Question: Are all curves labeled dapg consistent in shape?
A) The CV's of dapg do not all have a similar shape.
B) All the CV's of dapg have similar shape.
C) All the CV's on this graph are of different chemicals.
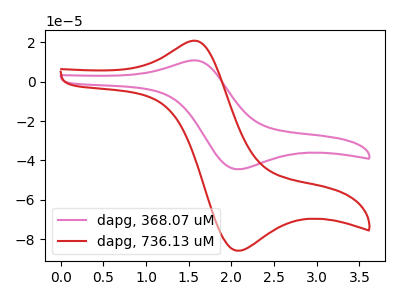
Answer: <think>The pink curve "dapg, 368.07 uM" has an anodic peak at (1.55V, 10.65uA) and a cathodic peak at (2.05V, -44.45uA). The red curve "dapg, 736.13 uM" has an anodic peak at (1.55V, 20.55uA) and a cathodic peak at (2.05V, -85.70uA).
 All the peaks in "dapg, 368.07 uM" have a peak in "dapg, 736.13 uM" at the same potential. Every peak in "dapg, 368.07 uM" is lower than every peak in "dapg, 736.13 uM".</think>
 <answer>B) All the CV's of "dapg" have similar shape.</answer>
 <eval>B</eval>